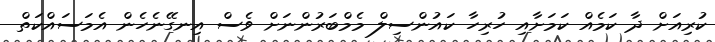
ކުރިއަށް ދާ ކަމެއް ކަމަށާއި ހުރިހާ ކައުންސިލް މެމްބަރުންނަށް ވެސް އިނގޭނެހެން އެމަސައްކަތް